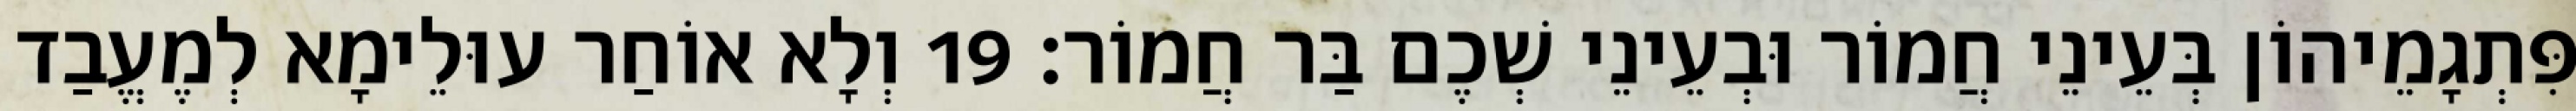
פִּתְגָמֵיהוֹן בְּעֵינֵי חֲמוֹר וּבְעֵינֵי שְׁכֶם בַּר חֲמוֹר׃ 19 וְלָא אוֹחַר עוּלֵימָא לְמֶעֱבַד